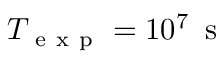
T _ { \mathrm { ~ e ~ x ~ p ~ } } = 1 0 ^ { 7 } \, \mathrm { ~ s ~ }